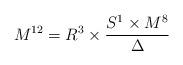
LaTeX: \begin{align*}M^{12} = R^3\times \frac{S^1\times M^8}{\Delta}\end{align*}